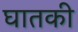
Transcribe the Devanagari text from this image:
घातकी